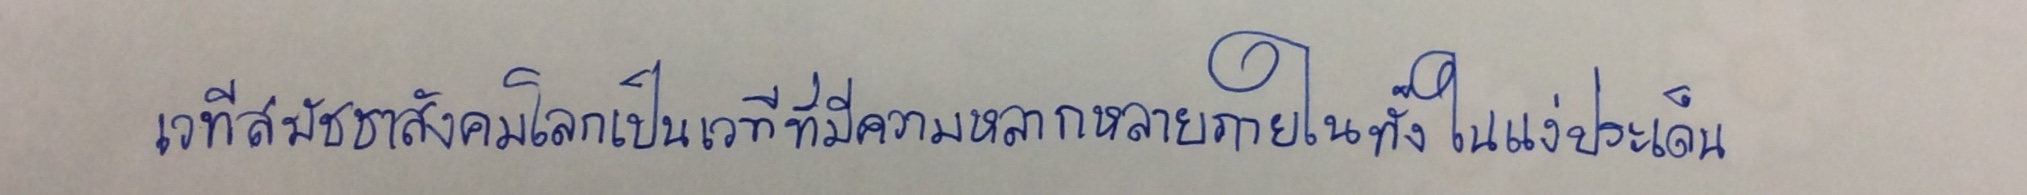
เวทีสมัชชาสังคมโลกเป็นเวทีที่มีความหลากหลายภายในทั้งในแง่ประเด็น